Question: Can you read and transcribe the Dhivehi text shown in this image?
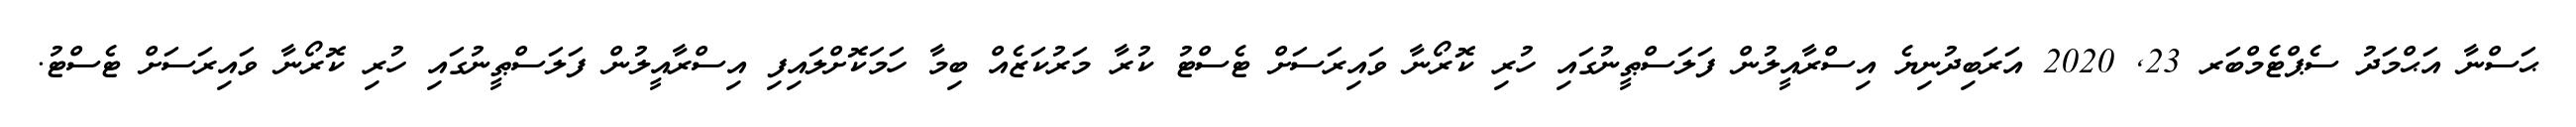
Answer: ޙަސްނާ އަޙްމަދު ސެޕްޓެމްބަރ 23, 2020 އަރަބިދުނިޔެ އިސްރާއީލުން ފަލަސްޠީނުގައި ހުރި ކޮރޯނާ ވައިރަސަށް ޓެސްޓު ކުރާ މަރުކަޒެއް ބިމާ ހަމަކޮށްލައިފި އިސްރާއީލުން ފަލަސްޠީނުގައި ހުރި ކޮރޯނާ ވައިރަސަށް ޓެސްޓު.